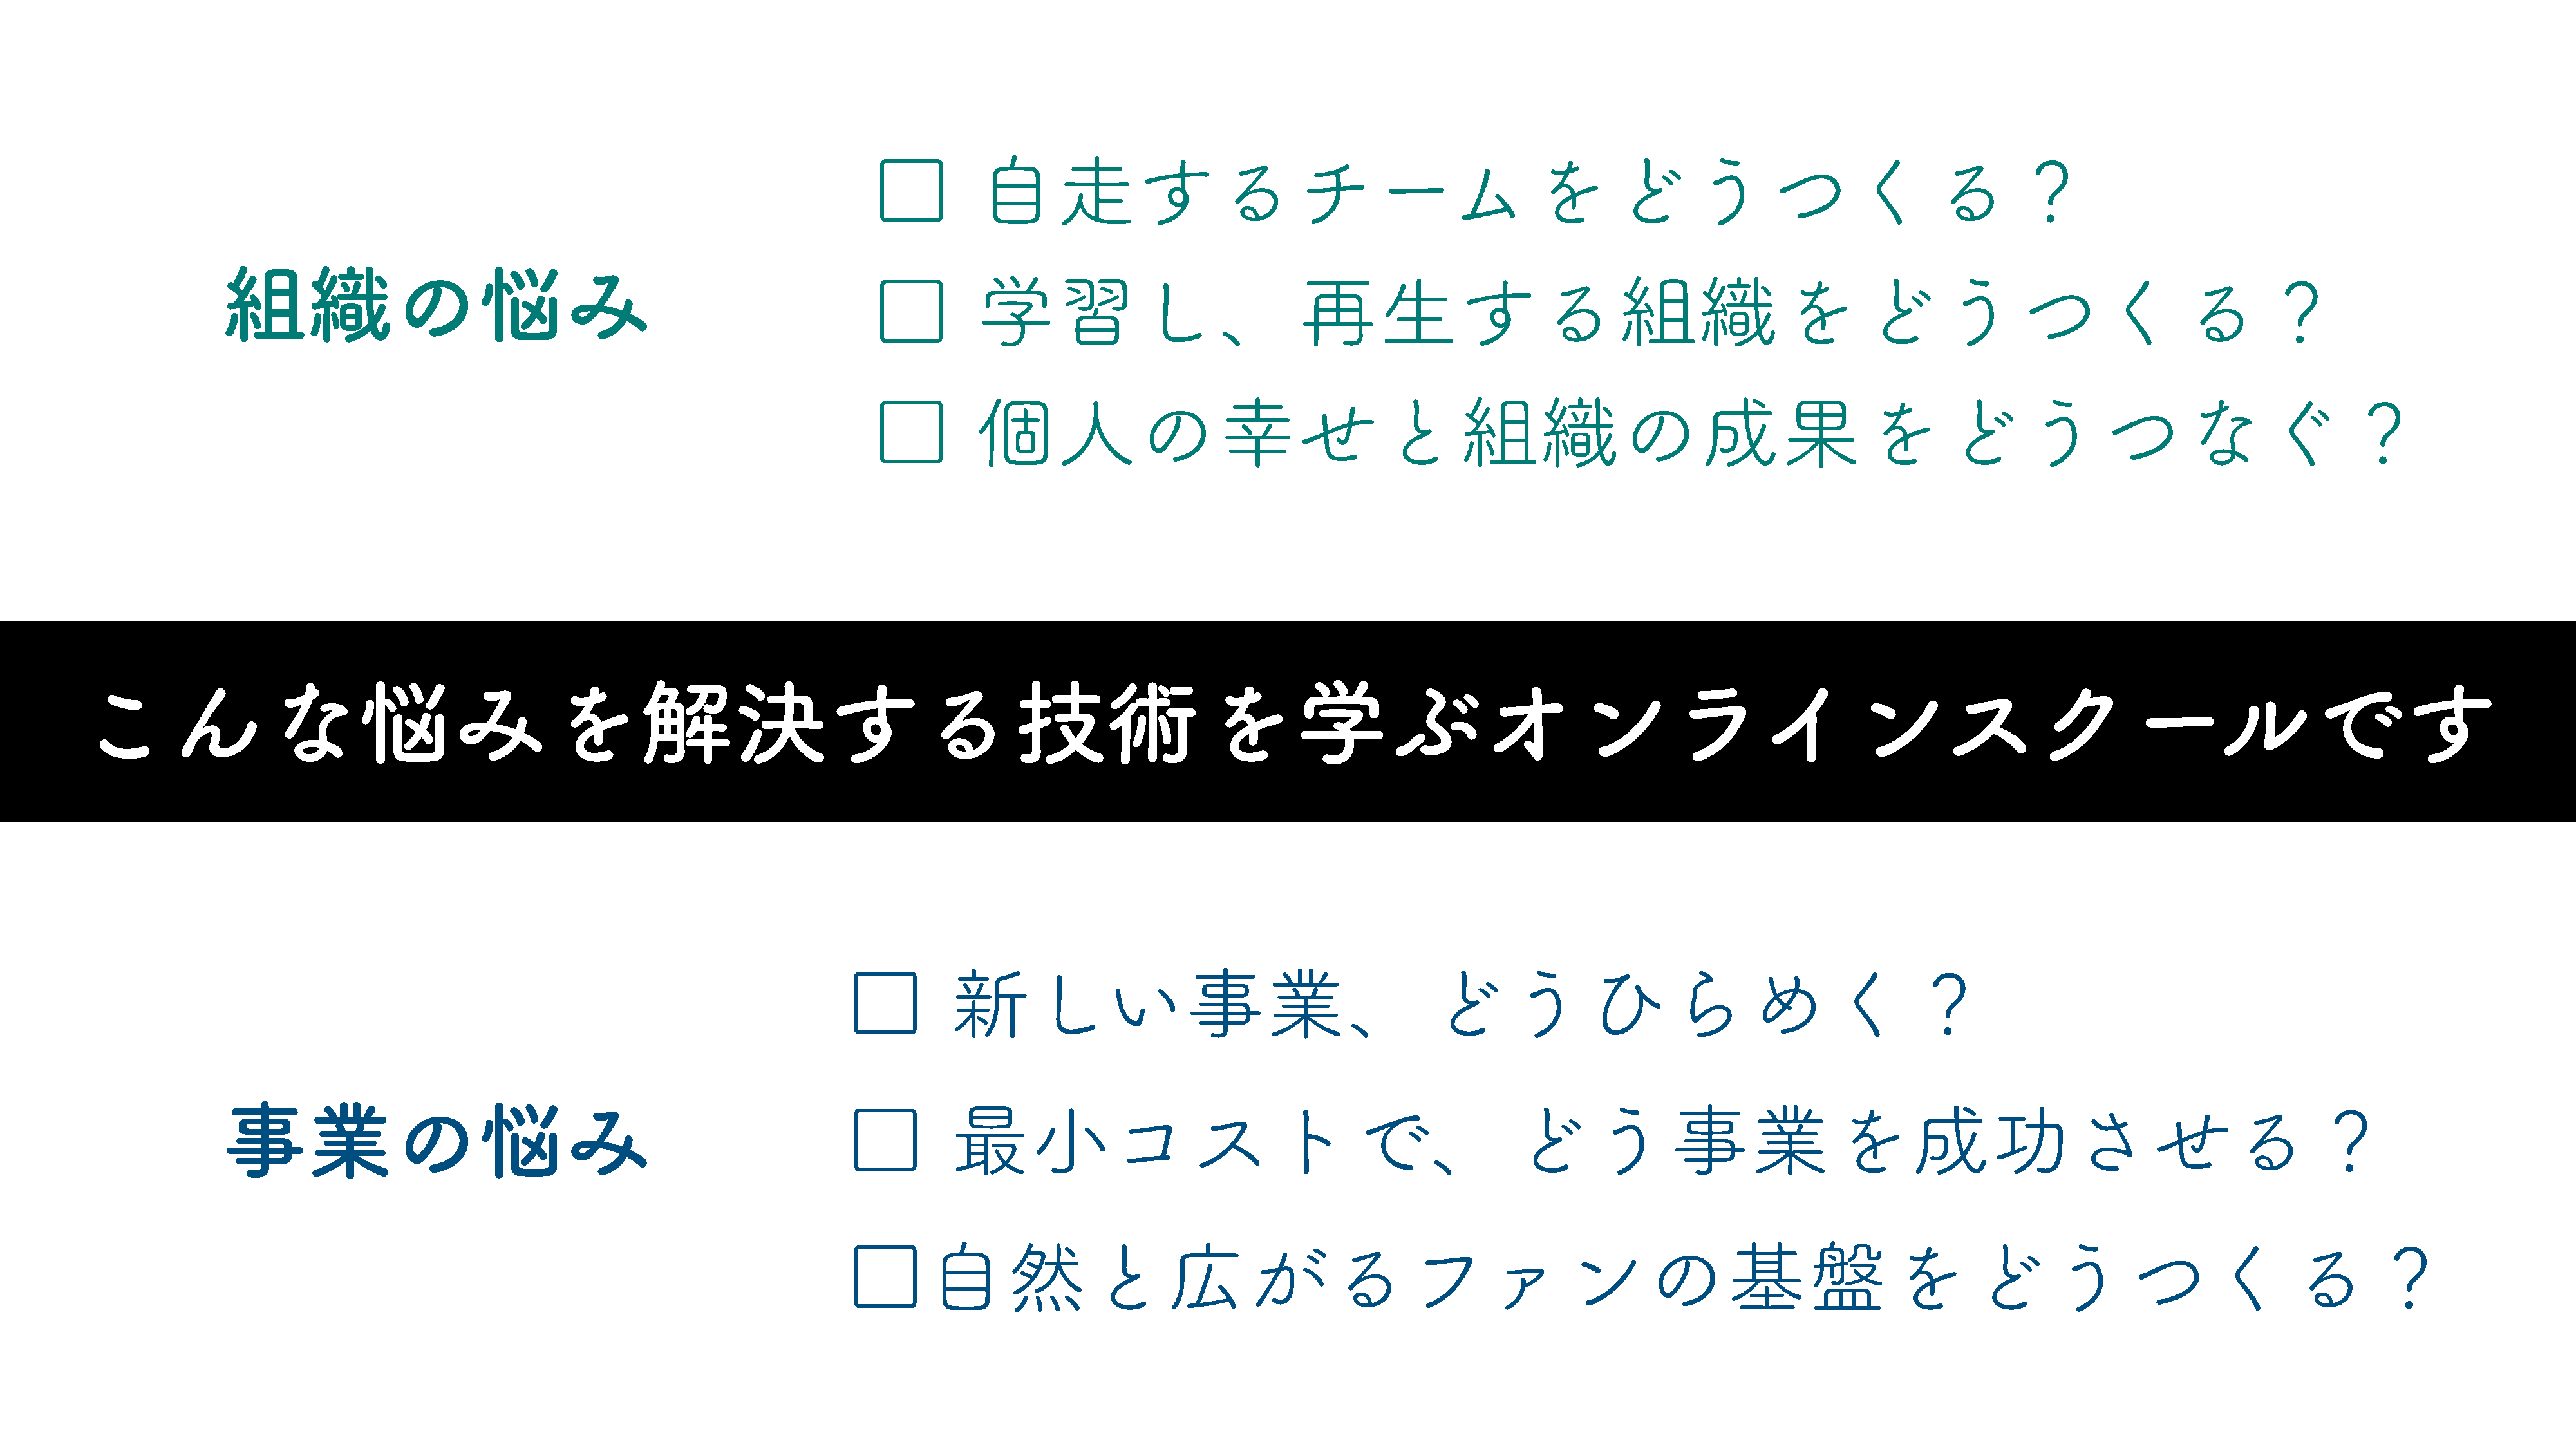
□         自走するチームをどうつくる？
 組織の悩み
 □         学習し、再生する組織をどうつくる？
 □         個人の幸せと組織の成果をどうつなぐ？
 こんな悩みを解決する技術を学ぶオンラインスクールです
 □          新しい事業、どうひらめく？
 事業の悩み                                                           □          最小コストで、どう事業を成功させる？
 □自然と広がるファンの基盤をどうつくる？